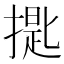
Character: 𱠪